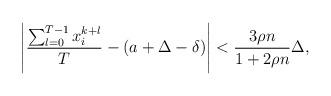
LaTeX: \begin{align*}\left|\frac{\sum_{l=0}^{T-1} x_i^{k+l}}{T}-(a+\Delta-\delta)\right|<\frac{3\rho n}{1+2\rho n}\Delta,\end{align*}